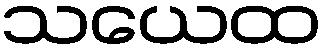
သယေထ